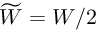
\widetilde { W } = W / 2